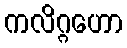
ကလိဂ္ဂဟော